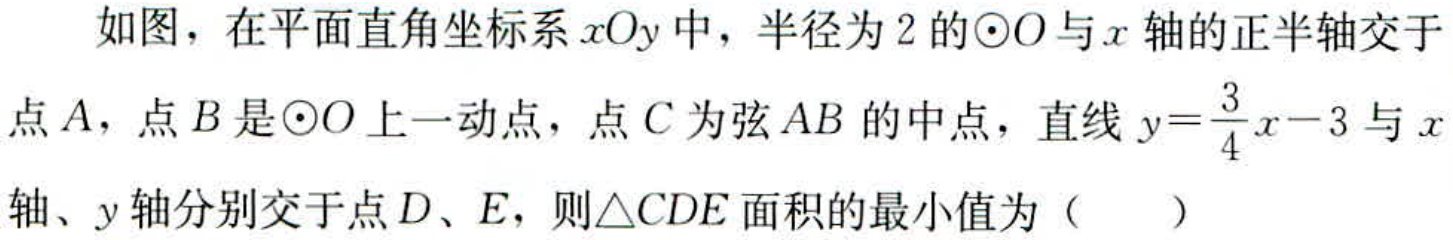
如图，在平面直角坐标系\(xOy\)中，半径为\(2\)的\(\odot O\)与\(x\)轴的正半轴交于点\(A\)，点\(B\)是\(\odot O\)上一动点，点\(C\)为弦\(AB\)的中点，直线\(y = \frac{3}{4}x - 3\)与\(x\)轴、\(y\)轴分别交于点\(D\)、\(E\)，则\(\triangle CDE\)面积的最小值为（  ）